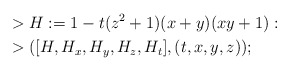
\begin{align*}&> H := 1-t(z^2+1)(x+y)(xy+1): \\&> ([H, H_x, H_y, H_z, H_t], (t,x,y,z));\end{align*}